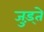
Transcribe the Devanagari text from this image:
जुड़्ते